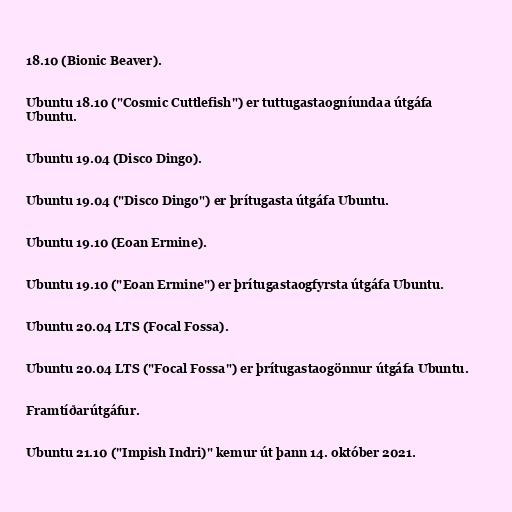
18.10 (Bionic Beaver).

Ubuntu 18.10 ("Cosmic Cuttlefish") er tuttugastaogníundaa útgáfa
Ubuntu.

Ubuntu 19.04 (Disco Dingo).

Ubuntu 19.04 ("Disco Dingo") er þrítugasta útgáfa Ubuntu.

Ubuntu 19.10 (Eoan Ermine).

Ubuntu 19.10 ("Eoan Ermine") er þrítugastaogfyrsta útgáfa Ubuntu.

Ubuntu 20.04 LTS (Focal Fossa).

Ubuntu 20.04 LTS ("Focal Fossa") er þrítugastaogönnur útgáfa Ubuntu.

Framtíðarútgáfur.

Ubuntu 21.10 ("Impish Indri)" kemur út þann 14. október 2021.